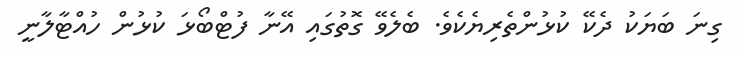
ގިނަ ބަޔަކު ދެކޭ ކުޅުންތެރިޔެކެވެ. ބެލެވޭ ގޮތުގައި އޭނާ ފުޓްބޯޅަ ކުޅުން ހުއްޓާލާނީ